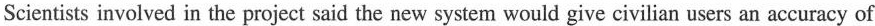
Scientists involved in the project said the new system would give civilian users an accuracy of